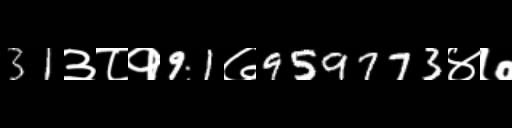
Text: 31३८१91७959773४७